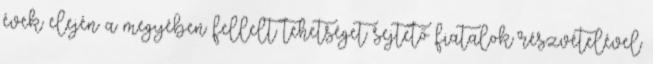
évek elején a megyében fellelt tehetséget sejtető fiatalok részvételével